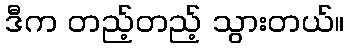
ဒီက တည့်တည့် သွားတယ်။